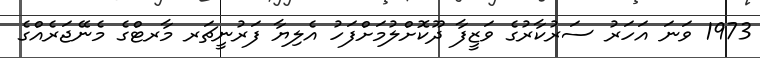
1973 ވަނަ އަހަރު ސަރުކާރުގެ ވަޒީފާ ދޫކޮށްލުމަށްފަހު އެލިޔާ ފަރުނީޗަރ މާރޓްގެ މެނޭޖަރެއްގެ